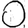
Digit: 0